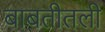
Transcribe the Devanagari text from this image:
बाबतीतली